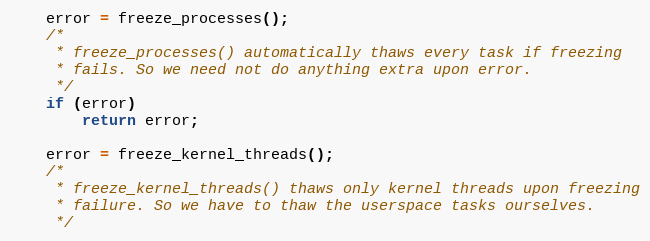
Language: C
	error = freeze_processes();
	/*
	 * freeze_processes() automatically thaws every task if freezing
	 * fails. So we need not do anything extra upon error.
	 */
	if (error)
		return error;

	error = freeze_kernel_threads();
	/*
	 * freeze_kernel_threads() thaws only kernel threads upon freezing
	 * failure. So we have to thaw the userspace tasks ourselves.
	 */